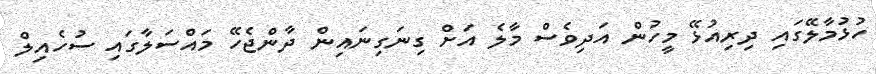
ހުޅުމާލޭގައި ދިރިއުޅޭ މީހުން އަދިވެސް މާލެ އަށް ގިނަގިނައިން ދާންޖެހޭ މައްސަލާގައި ސުހެއިލް